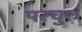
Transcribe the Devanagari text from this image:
परचुरु